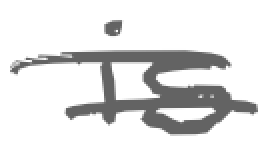
Text: is
Cross-out: double-line
Writing tool: digital_gray